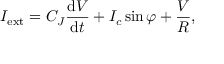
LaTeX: I _ { \mathrm { e x t } } = C _ { J } { \frac { \operatorname { d } \! V } { \operatorname { d } \! t } } + I _ { c } \sin \varphi + { \frac { V } { R } } ,